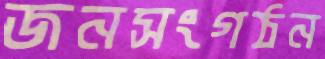
জনসংগঠন